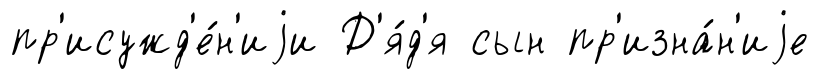
пр'исужд'е́н'иjи Д'я́д'я сын пр'изна́н'иjе